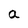
Character: a